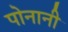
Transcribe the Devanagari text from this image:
पोनानी